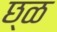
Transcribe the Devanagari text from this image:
छ्ळ